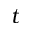
t